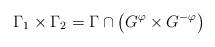
LaTeX: \begin{align*}\Gamma_1\times \Gamma_2 = \Gamma\cap\left(G^\varphi\times G^{-\varphi}\right)\end{align*}